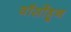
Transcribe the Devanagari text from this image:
वॉर्सोहून